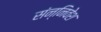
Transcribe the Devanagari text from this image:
संन्निवेश